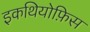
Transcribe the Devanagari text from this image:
इकथियोफ़िस